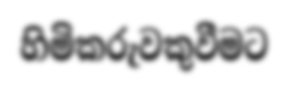
හිමිකරුවකුවීමට